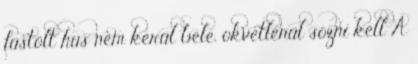
füstölt hús nem kerül bele, okvetlenül sózni kell A